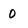
Character: 0